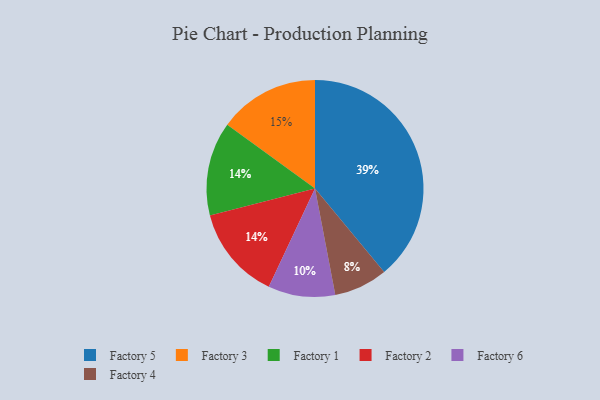
{"axis": {"x": "Category", "y": "Percentage"}, "legend": ["Factory 1", "Factory 2", "Factory 3", "Factory 4", "Factory 5", "Factory 6"], "data": [{"x": "Factory 3", "y": 15, "type": "Factory 3"}, {"x": "Factory 6", "y": 10, "type": "Factory 6"}, {"x": "Factory 4", "y": 8, "type": "Factory 4"}, {"x": "Factory 1", "y": 14, "type": "Factory 1"}, {"x": "Factory 2", "y": 14, "type": "Factory 2"}, {"x": "Factory 5", "y": 39, "type": "Factory 5"}]}